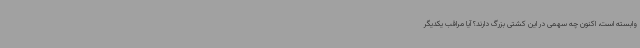
وابسته است، اکنون چه سهمی در این کشتی بزرگ دارند؟ آیا مراقب یکدیگر